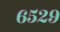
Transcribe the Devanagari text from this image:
६५२९